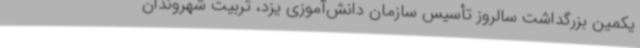
یکمین بزرگداشت سالروز تأسیس سازمان دانش‌آموزی یزد، تربیت شهروندان